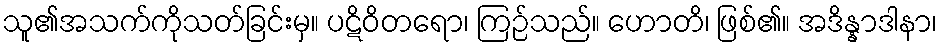
သူ၏အသက်ကိုသတ်ခြင်းမှ။ ပဋိဝိတရော၊ ကြဉ်သည်။ ဟောတိ၊ ဖြစ်၏။ အဒိန္နာဒါနာ၊